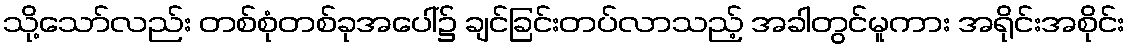
သို့သော်လည်း တစ်စုံတစ်ခုအပေါ်၌ ချင်ခြင်းတပ်လာသည့် အခါတွင်မူကား အရိုင်းအစိုင်း